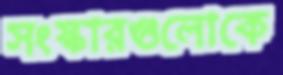
সংস্কারগুলোকে